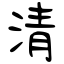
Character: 清